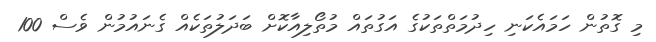
މި ގޮތުން ހަމައެކަނި ހިދުމަތްތަކުގެ އަގުތައް މުތޯލިއާކޮށް ބަދަލުތަކެއް ގެނައުމުން ވެސް 100